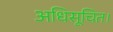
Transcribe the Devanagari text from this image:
अधिसूचित।